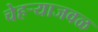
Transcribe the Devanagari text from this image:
चेहर्‍याजवळ